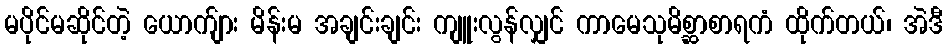
မပိုင်မဆိုင်တဲ့ ယောက်ျား မိန်းမ အချင်းချင်း ကျူးလွန်လျှင် ကာမေသုမိစ္ဆာစာရကံ ထိုက်တယ်၊ အဲဒီ